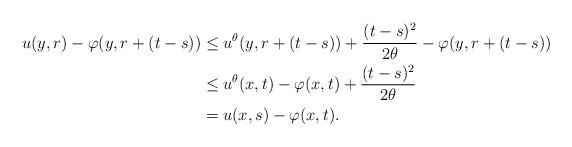
LaTeX: \begin{align*}u(y,r) - \varphi(y,r + (t - s)) &\leq u^{\theta}(y,r + (t - s)) + \frac{(t - s)^{2}}{2 \theta} - \varphi(y,r + (t - s)) \\&\leq u^{\theta}(x,t) - \varphi(x,t) + \frac{(t - s)^{2}}{2 \theta} \\&= u(x,s) - \varphi(x,t).\end{align*}